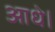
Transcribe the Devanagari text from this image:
आधे।